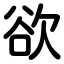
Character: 欲